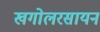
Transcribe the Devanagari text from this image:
खगोलरसायन